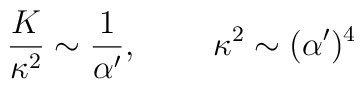
\frac{K}{\kappa^2}\sim\frac{1}{\alpha'},\;\;\;\;\;\;\;\;\kappa^2\sim(\alpha')^4